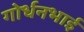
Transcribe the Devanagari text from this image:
गोर्धनभाई